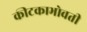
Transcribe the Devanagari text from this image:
कीटकाभोवती